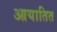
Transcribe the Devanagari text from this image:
आयातित